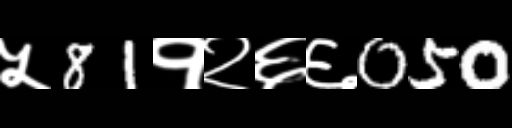
Text: ५81१२६६050